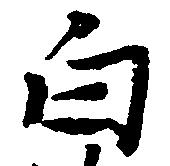
白